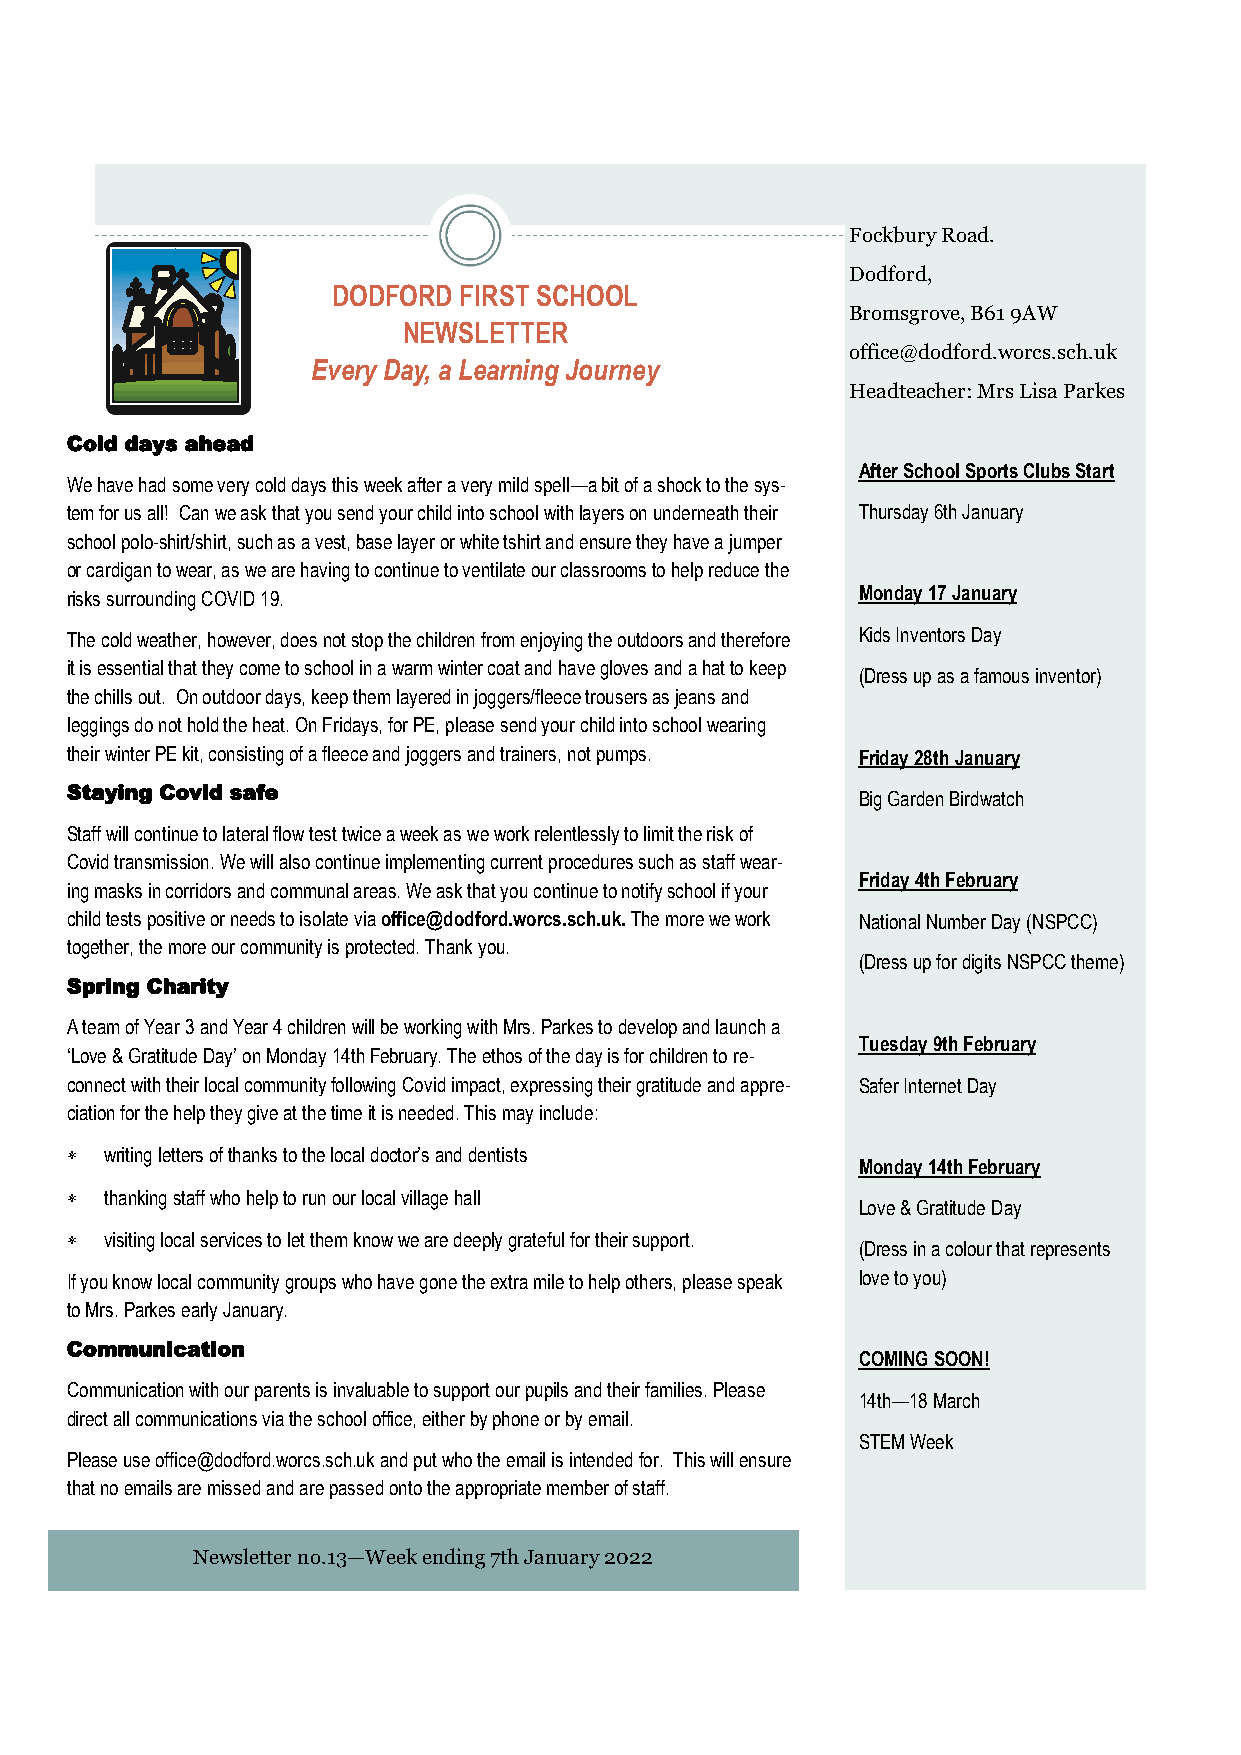
Fockbury Road.
 Dodford,
 DODFORD FIRST SCHOOL
 Bromsgrove, B61 9AW
 NEWSLETTER
 office@dodford.worcs.sch.uk
 Every Day, a Learning Journey
 Headteacher: Mrs Lisa Parkes
 Cold days ahead
 After School Sports Clubs Start
 We have had some very cold days this week after a very mild spell—a bit of a shock to the sys-
 tem for us all! Can we ask that you send your child into school with layers on underneath their Thursday 6th January
 school polo-shirt/shirt, such as a vest, base layer or white tshirt and ensure they have a jumper
 or c ardigan to wear, as we are having to continue to ventilate our classrooms to help reduce the
 risks surrounding COVID 19.                          Monday 17 January
 The cold weather, however, does not stop the children from enjoying the outdoors and therefore Kids In ventors Day
 it is essential that they come to school in a warm winter coat and have gloves and a hat to keep
 (Dress up as a famous inventor)
 the chills out. On outdoor days, keep them layered in joggers/fleece trousers as jeans and
 leggings do not hold the heat. On Fridays, for PE, please send your child into school wearing
 their winter PE kit, consisting of a fleece and joggers and trainers, not pumps. Friday 28th January
 Staying Covid safe                                   Big Garden Birdwatch
 Sta ff will continue to lateral flow test twice a week as we work relentlessly to limit the risk of
 Covid transmission. We will also continue implementing current procedures such as staff wear-
 Friday 4th February
 ing masks in corridors and communal areas. We ask that you continue to notify school if your
 child tests positive or needs to isolate via office @dodford.worcs.sch.uk. The more we work National Number Day (NSPCC)
 together, the more our community is protected. Thank you.
 (Dress up for digits NSPCC theme)
 Spring Charity
 A team of Year 3 and Year 4 children will be working with Mrs. Parkes to develop and launch a
 Tuesday 9th February
 ‘Love & Gratitude Day’ on Monday 14th February. The ethos of the day is for children to re-
 connect with their local community following Covid impact, expressing their gratitude and appre- Safer Internet Day
 ciation for the help they give at the time it is needed. This may include:
   writing letters of thanks to the local doctor’s and dentists
 Monday 14th February
   thanking staff who help to run our local village hall
 Love & Gratitude Day
   visiting local services to let them know we are deeply grateful for their support.
 (Dress in a colour that represents
 If you know local community groups who have gone the extra mile to help others, please speak love to you)
 to Mrs. Parkes early January.
 Communication
 COMING SOON!
 Communication with our parents is invaluable to support our pupils and their families. Please
 14th—18 March
 direct all communications via the school office, either by phone or by email.
 STEM Week
 Please use office@dodford.worcs.sch.uk and put who the email is intended for. This will ensure
 that no emails are missed and are passed onto the appropriate member of staff.
 Newsletter no.13—Week ending 7th January 2022